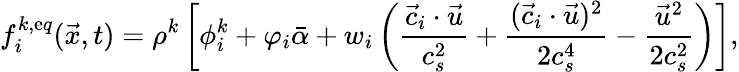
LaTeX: f_{i}^{k,\mathrm{e}q}(\vec{{x}},t)=\rho^{k}\left[\phi_{i}^{k}+\varphi_{i}\bar{{\alpha}}+w_{i}\left(\frac{{\vec{{c}}_{i}\cdot\vec{{u}}}}{{c_{s}^{2}}}+\frac{{(\vec{{c}}_{i}\cdot\vec{{u}})^{2}}}{{2c_{s}^{4}}}-\frac{{\vec{{u}}^{2}}}{{2c_{s}^{2}}}\right)\right],